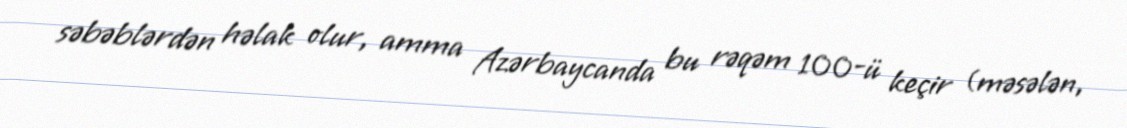
səbəblərdən həlak olur, amma Azərbaycanda bu rəqəm 100-ü keçir (məsələn,